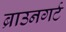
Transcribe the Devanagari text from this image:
ब्राउनगर्ट